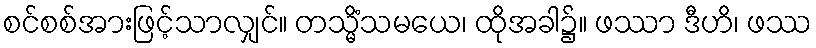
စင်စစ်အားဖြင့်သာလျှင်။ တသ္မိံသမယေ၊ ထိုအခါ၌။ ဖဿာ ဒီဟိ၊ ဖဿ